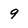
Character: 9